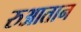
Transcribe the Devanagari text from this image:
रुआतान